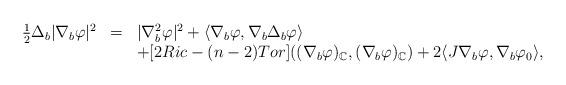
LaTeX: \begin{align*}\begin{array}{lll}\frac{1}{2}\Delta _{b}|\nabla _{b}\varphi |^{2} & = & |\nabla_{b}^{2}\varphi |^{2}+\langle \nabla _{b}\varphi ,\nabla _{b}\Delta_{b}\varphi \rangle \\ & & +[2Ric-(n-2)Tor]((\nabla _{b}\varphi )_{\mathbb{C}},(\nabla _{b}\varphi)_{\mathbb{C}})+2\langle J\nabla _{b}\varphi ,\nabla _{b}\varphi _{0}\rangle,\end{array}\end{align*}